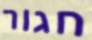
חגור